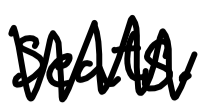
Text: seats.
Cross-out: zig-zag
Writing tool: digital_black